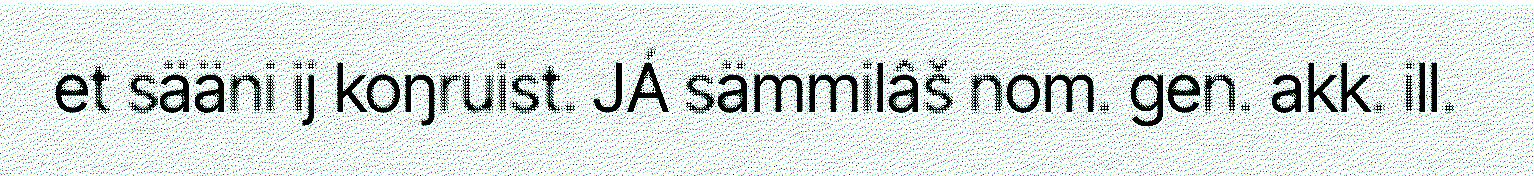
et sääni ij koŋruist. JÁ sämmilâš nom. gen. akk. ill.